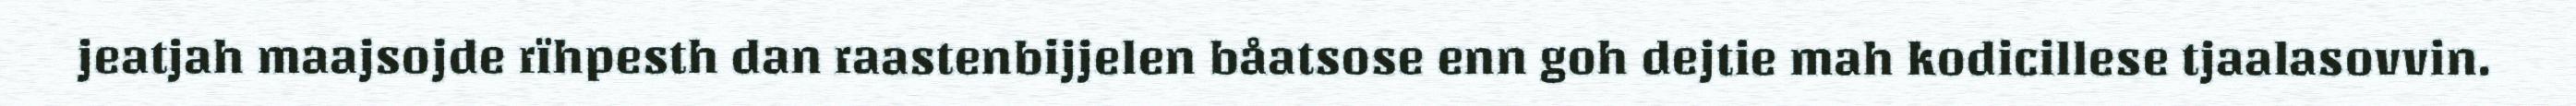
jeatjah maajsojde rïhpesth dan raastenbijjelen båatsose enn goh dejtie mah kodicillese tjaalasovvin.